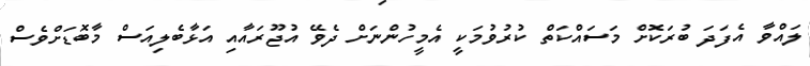
ލައްވާ އެފަދަ ބުރަކޮށް މަސައްކަތް ކުރުވުމަކީ އެމީހުންނަށް ދެވޭ އުޖޫރައާއި އަޅާބެލިއަސް މާބޮޑަށްވެސް